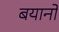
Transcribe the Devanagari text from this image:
बयानो